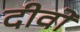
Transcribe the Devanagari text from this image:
दीवो